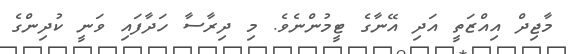
މާޖިދް އިއްޒަތީ އަދި އޭނާގެ ޓީމުންނެވެ. މި ދިިރާސާ ހަދާފައި ވަނީ ކުދިންގެ